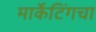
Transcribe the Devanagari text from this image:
मार्केटिंगचा